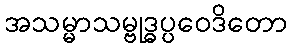
အသမ္မာသမ္ဗုဒ္ဓပ္ပဝေဒိတော